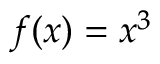
f ( x ) = x ^ { 3 }